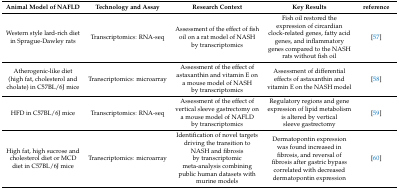
| Animal Model of NAFLD | Technology and Assay | Research Context | Key Results | reference |
 | --- | --- | --- | --- | --- |
 | Western style lard-rich diet in Sprague-Dawley rats | Transcriptomics: RNA-seq | Assessment of the effect of fish oil on a rat model of NASH by transcriptomics | Fish oil restored the expression of circardian clock-related genes, fatty acid genes, and inflammatory genes compared to the NASH rats without fish oil | [57] |
 | Atherogenic-like diet (high fat, cholesterol and cholate) in C57BL/6J mice | Transcriptomics: microarray | Assessment of the effect of astaxanthin and vitamin E on a mouse model of NASH by transcriptomics | Assessment of differential effects of astaxanthin and vitamin E on the NASH model | [58] |
 | HFD in C57BL/6J mice | Transcriptomics: RNA-seq | Assessment of the effect of vertical sleeve gastrectomy on a mouse model of NAFLD by transcriptomics | Regulatory regions and gene expression of lipid metabolism is altered by vertical sleeve gastrectomy | [59] |
 | High fat, high sucrose and cholesterol diet or MCD diet in C57BL/6J mice | Transcriptomics: microarray | Identification of novel targets driving the transition to NASH and fibrosis by transcriptomic meta-analysis combining public human datasets with murine models | Dermatopontin expression was found increased in fibrosis, and reversal of fibrosis after gastric bypass correlated with decreased dermatopontin expression | [60] |